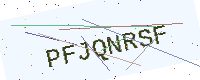
Text: PFJQNRSF